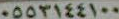
٠٥٥٣١٤٤١٠٠